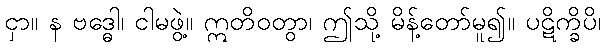
ငှာ။ န ဗဒ္ဓေါ၊ ငါမဖွဲ့။ ဣတိဝတွာ၊ ဤသို့ မိန့်တော်မူ၍။ ပဋိက္ခိပိ၊